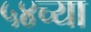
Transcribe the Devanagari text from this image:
५४च्या